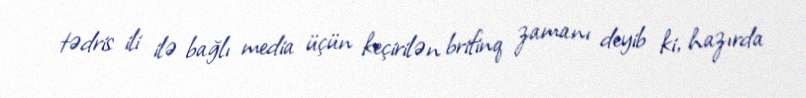
tədris ili ilə bağlı media üçün keçirilən brifinq zamanı deyib ki, hazırda